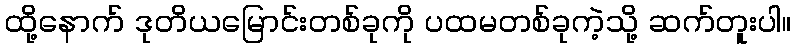
ထို့နောက် ဒုတိယမြောင်းတစ်ခုကို ပထမတစ်ခုကဲ့သို့ ဆက်တူးပါ။